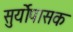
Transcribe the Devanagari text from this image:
सुर्योपासक